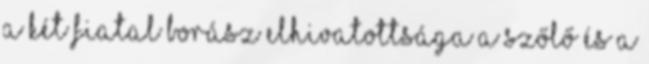
a két fiatal borász elhivatottsága a szőlő és a